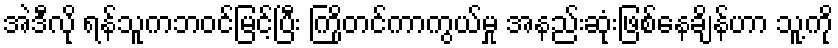
အဲဒီလို ရန်သူကဘဝင်မြင့်ပြီး ကြိုတင်ကာကွယ်မှု အနည်းဆုံးဖြစ်နေချိန်ဟာ သူ့ကို